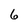
Character: 6